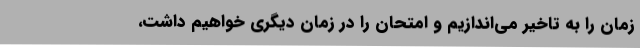
زمان را به تاخیر می‌اندازیم و امتحان را در زمان دیگری خواهیم داشت،